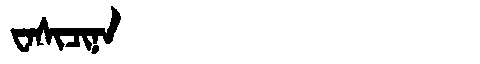
Manchu: ᠸᠠᠰᡳᠴᡳᠨᠠ
Romanization: WASICINA